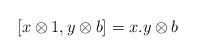
LaTeX: \begin{align*}[x\otimes1,y\otimes b]=x.y\otimes b\end{align*}